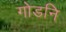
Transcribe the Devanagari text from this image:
गोडनि